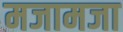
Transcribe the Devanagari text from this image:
मजामजा